Medical and sanitary report of the native army of Bengal for the year
Year: 1875
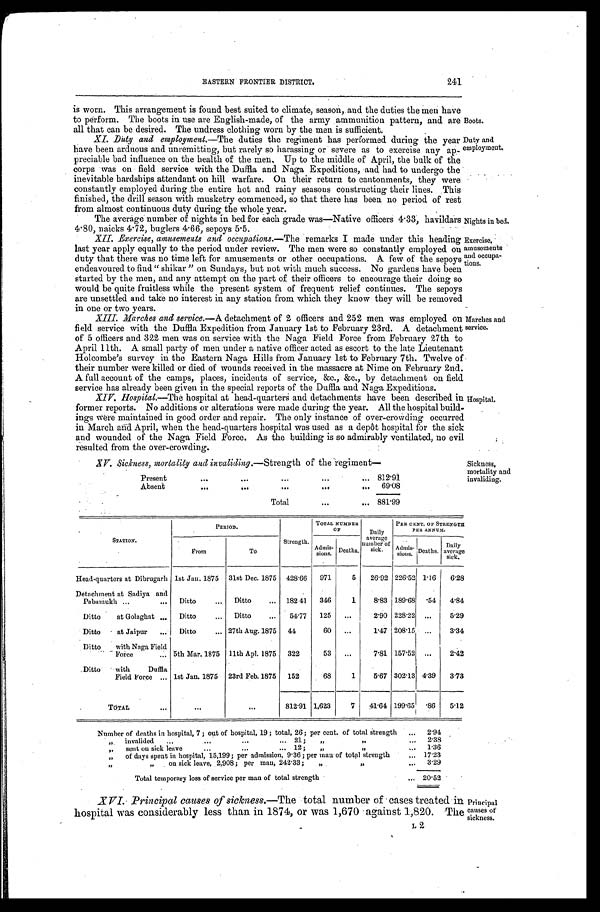
Exercise,
amusements and occupa
-tions.
Marches and
service.
Hospital.
Sickness,
mortality and
invaliding.
241
EASTERN FRONTIER DISTRICT.
is worn. This arrangement is found best suited to climate, season, and the duties the men have
to perform. The boots in use are English-made, of the army ammunition pattern, and are
all that can be desired. The undress clothing worn by the men is sufficient.
Boots.
XI. Duty and employment. —The duties the regiment has performed during the year
have been arduous and unremitting, but rarely so harassing or severe as to exercise any ap-
preciable bad influence on the health of the men, Up to the middle of April, the bulk of the
corps was on field service with the Duffla and Naga Expeditions, and had to undergo the
inevitable hardships attendant on hill warfare. On their return to cantonments, they were
constantly employed during the entire hot and rainy seasons constructing their lines. This
finished, the drill season with musketry commenced, so that there has been, no period of rest
from almost continuous duty during the whole year.
Duty and
employment.
The average number of nights in bed for each grade was—Native officers 4.33, havildars
4.80, naicks 4.72, buglers 4.66, sepoys 5.5.
Nights in bed.
XII. Exercise, amusements and occupations. —The remarks I made under this heading
last year apply equally to the period under review. The men were so constantly employed on
duty that there was no time left for amusements or other occupations. A few of the sepoys
endeavoured to find "shikar" on Sundays, but not with much success. No gardens have been
started by the men, and any attempt on the part of their officers to encourage their doing so
would be quite fruitless while the present system of frequent relief continues. The sepoys
are unsettled and take no interest in any station from which they know they will be removed
in one or two years.
XIII. Marches and service.—A detachment of 2 officers and 252 men was employed on
field service with the Puffin Expedition from January 1st to February 23rd. A detachment
of 5 officers and 322 men was on service with the Naga Field Force from February 27th to
April 11th. A small party of men under a native officer acted as escort to the late Lieutenant
Holcombe's survey in the Eastern Naga Hills from January 1st to February 7th. Twelve of
their number were killed or died of wounds received in the massacre at Nime on February 2nd.
A full account of the camps, places, incidents of service, &c., &c. by detachment on field
service has already been given in the special reports of the .Duffla and Naga Expeditions.
XIV. Hospital. —The hospi t al at head- quar t er s and det achment s have been descr i bed i n
former reports. No additions or alterations were made during the year. All the hospital build-
ings were maintained in good order and repair. The only instance of over-crowding occurred
in March and April, when the head-quarters hospital was used as a depôt hospital for the sick
and wounded of the Naga Field Force. As the building is so admirably ventilated, no evil
resulted from the over-crowding.
XV. Sickness, mortality and invaliding .—Strength of the regiment—
Present
812.91
Absent
69. 08
Total
881.99
STATION.
PERIOD.
Strength.
TOTAL NUMBER
OF
D a i l y
average
number of
sick.
PER CENT. OF STRENGTH
PER ANNUM.
From
To
Admis- sions. Deaths.
Admis- sions. Deaths. Daily
average sick.
Head-quarters at Dibrugarh 1st Jan. 1875 31st Dec. 1875 428.66 971 5 26.92 226.52 1.16 6 . 2 8
Detachment at Sadiya and
Pabamukh Ditto
Ditto
182.41 346 1 8.83 189.68 .54 4 . 8 4
Ditto at Golaghat
Ditto
Ditto
54.77 125
2.90 228.22
5.29
Ditto at Jaipur
Ditto
27th Aug. 1875 44
60
1.47 208.15
3 . 3 4
Dittowith Naga Field
Force
5th Mar. 1875 11th Apl. 1875 322
53
7.81 157.52
2 . 4 2
Ditto with Duffla
Field Force 1st Jan. 1875 23rd Feb. 1875 152
68 1 5.67 302.13 4.39 3.73
TOTAL
812.91 1,623 7 41.64 199.65 .86 5.12
Number of deaths in hospital, 7; out of hospital, 19; total, 26; per cent. of total strength
2.94
„ invalided 21; „ „
2.38
„ sent on sick leave 12; „
„
1.36
„ of days spent in hospital, 15,199; per admission, 9.36; per man of total strength 17.23
„ „ on sick leave, 2,908; per man, 242.33; „
„
3.29
Total temporary loss of-service per man of total strength
20.52
XVI. Principal causes of sickness. —The total number of cases treated in
hospital was considerably less than in 1874, or was 1,670 against 1,820. The
L2
Principal
causes of
sickness.